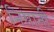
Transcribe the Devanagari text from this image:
निसानी